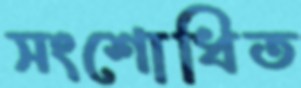
সংশোধিত